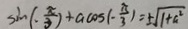
\sin ( \cdot \frac { \pi } { 3 } ) + a \cos ( - \frac { \pi } { 3 } ) = 5 \sqrt { 1 + a ^ { 2 } }